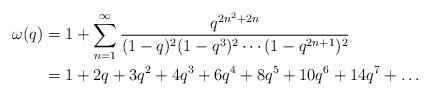
LaTeX: \begin{align*}\omega(q) &= 1+ \sum_{n=1}^{\infty}\frac{q^{2n^{2}+2n}}{(1-q)^{2}(1-q^{3})^{2}\cdots (1-q^{2n+1})^{2}} \\&= 1 + 2q + 3q^{2} + 4q^{3} + 6q^{4} + 8q^{5}+ 10q^{6}+14q^{7}+\dots\end{align*}